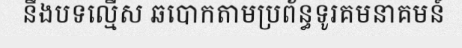
នឹងបទល្មើស ឆបោកតាមប្រព័ន្ធទូរគមនាគមន៍